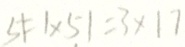
5 \vert = 1 \times 5 \vert = 3 \times 1 7